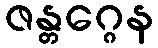
ဇန္တဂ္ဂေန